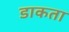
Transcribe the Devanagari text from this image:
डाकता